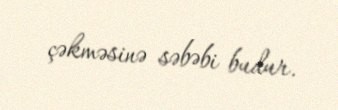
çəkməsinə səbəbi budur.